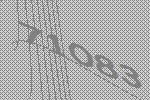
71083